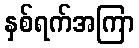
နှစ်ရက်အကြာ